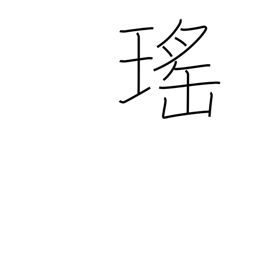
Meaning: beautiful (as a jewel)